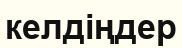
келдіңдер